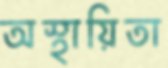
অস্থায়িতা